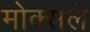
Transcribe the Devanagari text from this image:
मोक्सले